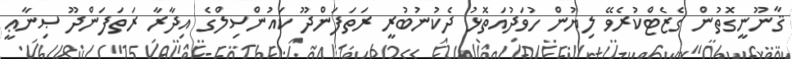
ޤާނޫނީގޮތުން ގެޒެޓްކުރެވޭ ލިޔުން ހުވަދުއަތޮޅު ދެކުނުބުރީ ރަތަފަންދޫ ކައުންސިލްގެ އިދާރާ ރަތަފަންދޫ ޞިނާޢީ